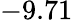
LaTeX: -9.71